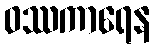
ဝဿကာရေန